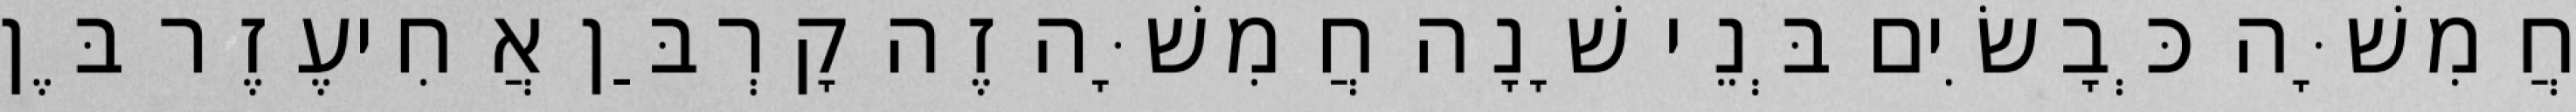
חֲמִשָּׁה כְּבָשִׂים בְּנֵי שָׁנָה חֲמִשָּׁה זֶה קָרְבַּן אֲחִיעֶזֶר בֶּן